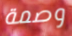
وصمة